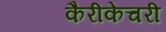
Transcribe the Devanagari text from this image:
कैरीकेचरी